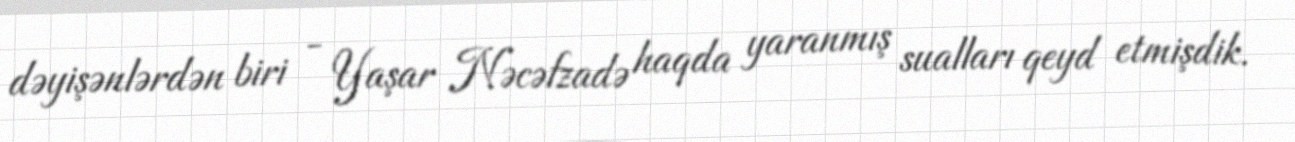
dəyişənlərdən biri - Yaşar Nəcəfzadə haqda yaranmış sualları qeyd etmişdik.